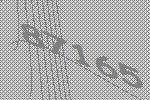
87165